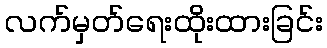
လက်မှတ်ရေးထိုးထားခြင်း